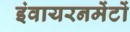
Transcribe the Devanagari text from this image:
इंवायरनमेंटों